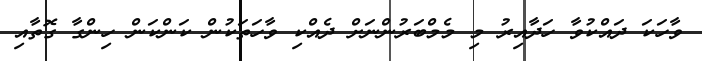
ވާހަކަ ދައްކުވާ ހަދާއިރު މި މެމްބަރުންނަށް ދެއްކި ވާހަތަކުން ކަންކަން ހިންގާ ގޮތާއި